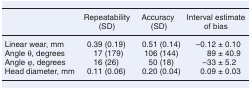
<table><thead><tr><td></td><td><b>Repeatability (SD)</b></td><td><b>Accuracy (SD)</b></td><td><b>Interval estimate of bias</b></td></tr></thead><tbody><tr><td>Linear wear, mm</td><td>0.39 (0.19)</td><td>0.51 (0.14)</td><td>–0.12 ± 0.10</td></tr><tr><td>Angle θ, degrees</td><td>17 (179)</td><td>106 (144)</td><td>89 ± 40.9</td></tr><tr><td>Angle φ, degrees</td><td>16 (26)</td><td>50 (18)</td><td>–33 ± 5.2</td></tr><tr><td>Head diameter, mm</td><td>0.11 (0.06)</td><td>0.20 (0.04)</td><td>0.09 ± 0.03</td></tr></tbody></table>